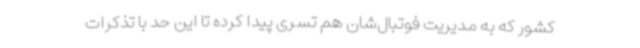
کشور که به مدیریت فوتبال‌شان هم تسری پیدا کرده تا این حد با تذکرات